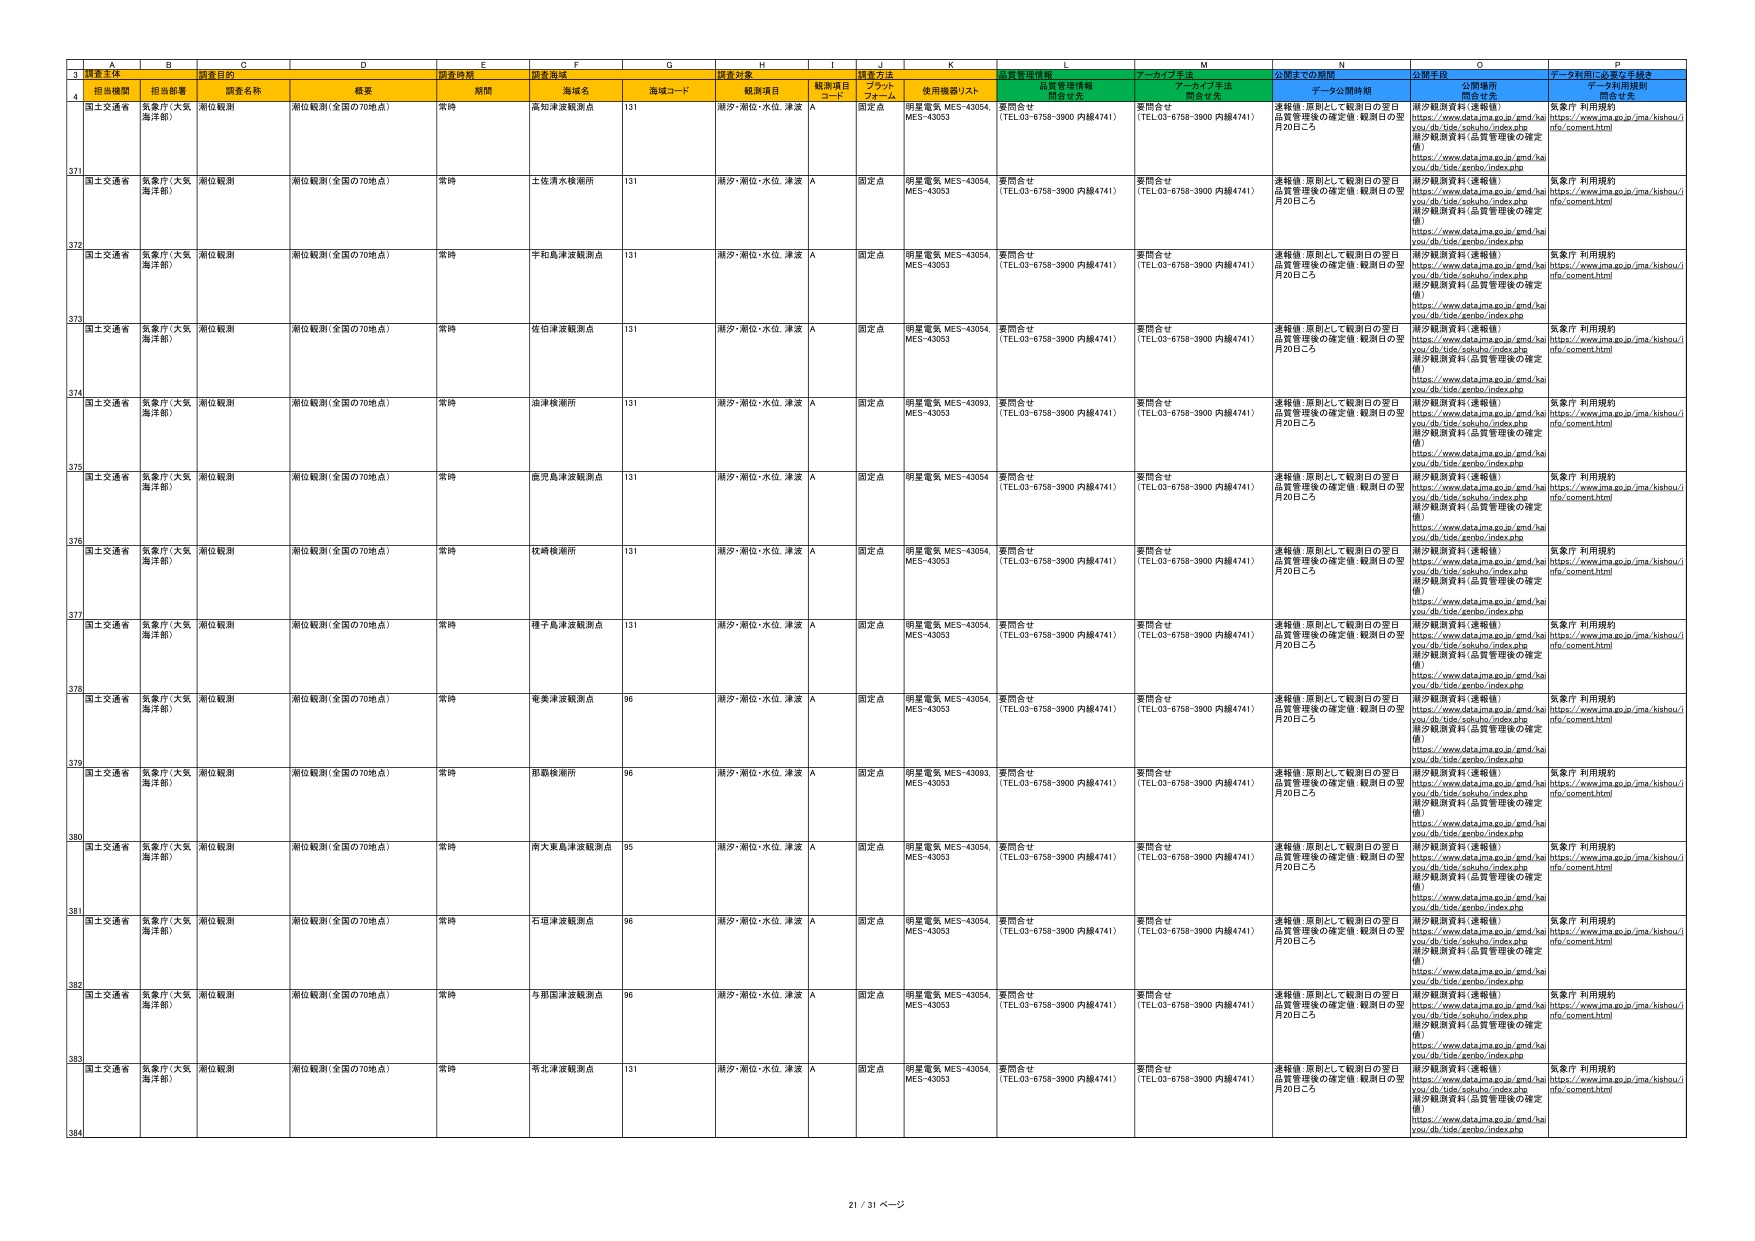
3 観測主体 調査目的 調査時期 調査海域 調査対象 調査方法 品質管理情報 アーカイブ手法 公開までの期間 公開手段 データ利用に必要な手続き
4 担当機関 担当部署 調査名称 概要 期間 海域名 海域コード 観測項目 観測項目 コード ブラック フォール 使用機器リスト 問合せ先 問合せ先 問合せ先 問合せ先
371 国土交通省 気象庁（大阪海洋部） 潮位観測 潮位観測（全国の70地点） 常時 高知津波観測点 131 潮汐・潮位・水位、津波 A 固定点 明星電気 MES-43054, MES-43053 要問合せ （TEL03-6758-3900 内線4741） 要問合せ （TEL03-6758-3900 内線4741） 連絡後、原則として観測日の翌日品質管理後の確定値：観測日の翌月20日ごろ 潮汐観測資料（速報値） https://www.data.jma.go.jp/gmd/ha you/db/tide/sokuhou/index.php 潮汐観測資料（品質管理後の確定値） https://www.data.jma.go.jp/gmd/ha you/db/tide/zenbo/index.php 気象庁 利用規約 https://www.jma.go.jp/jma/kishou/i nfo/comment.html
372 国土交通省 気象庁（大阪海洋部） 潮位観測 潮位観測（全国の70地点） 常時 土佐清水観測所 131 潮汐・潮位・水位、津波 A 固定点 明星電気 MES-43054, MES-43053 要問合せ （TEL03-6758-3900 内線4741） 要問合せ （TEL03-6758-3900 内線4741） 連絡後、原則として観測日の翌日品質管理後の確定値：観測日の翌月20日ごろ 潮汐観測資料（速報値） https://www.data.jma.go.jp/gmd/ha you/db/tide/sokuhou/index.php 潮汐観測資料（品質管理後の確定値） https://www.data.jma.go.jp/gmd/ha you/db/tide/zenbo/index.php 気象庁 利用規約 https://www.jma.go.jp/jma/kishou/i nfo/comment.html
373 国土交通省 気象庁（大阪海洋部） 潮位観測 潮位観測（全国の70地点） 常時 予知島津波観測点 131 潮汐・潮位・水位、津波 A 固定点 明星電気 MES-43054, MES-43053 要問合せ （TEL03-6758-3900 内線4741） 要問合せ （TEL03-6758-3900 内線4741） 連絡後、原則として観測日の翌日品質管理後の確定値：観測日の翌月20日ごろ 潮汐観測資料（速報値） https://www.data.jma.go.jp/gmd/ha you/db/tide/sokuhou/index.php 潮汐観測資料（品質管理後の確定値） https://www.data.jma.go.jp/gmd/ha you/db/tide/zenbo/index.php 気象庁 利用規約 https://www.jma.go.jp/jma/kishou/i nfo/comment.html
374 国土交通省 気象庁（大阪海洋部） 潮位観測 潮位観測（全国の70地点） 常時 佐伯津波観測点 131 潮汐・潮位・水位、津波 A 固定点 明星電気 MES-43054, MES-43053 要問合せ （TEL03-6758-3900 内線4741） 要問合せ （TEL03-6758-3900 内線4741） 連絡後、原則として観測日の翌日品質管理後の確定値：観測日の翌月20日ごろ 潮汐観測資料（速報値） https://www.data.jma.go.jp/gmd/ha you/db/tide/sokuhou/index.php 潮汐観測資料（品質管理後の確定値） https://www.data.jma.go.jp/gmd/ha you/db/tide/zenbo/index.php 気象庁 利用規約 https://www.jma.go.jp/jma/kishou/i nfo/comment.html
375 国土交通省 気象庁（大阪海洋部） 潮位観測 潮位観測（全国の70地点） 常時 油津検潮所 131 潮汐・潮位・水位、津波 A 固定点 明星電気 MES-43093, MES-43053 要問合せ （TEL03-6758-3900 内線4741） 要問合せ （TEL03-6758-3900 内線4741） 連絡後、原則として観測日の翌日品質管理後の確定値：観測日の翌月20日ごろ 潮汐観測資料（速報値） https://www.data.jma.go.jp/gmd/ha you/db/tide/sokuhou/index.php 潮汐観測資料（品質管理後の確定値） https://www.data.jma.go.jp/gmd/ha you/db/tide/zenbo/index.php 気象庁 利用規約 https://www.jma.go.jp/jma/kishou/i nfo/comment.html
376 国土交通省 気象庁（大阪海洋部） 潮位観測 潮位観測（全国の70地点） 常時 鹿児島津波観測点 131 潮汐・潮位・水位、津波 A 固定点 明星電気 MES-43054 要問合せ （TEL03-6758-3900 内線4741） 要問合せ （TEL03-6758-3900 内線4741） 連絡後、原則として観測日の翌日品質管理後の確定値：観測日の翌月20日ごろ 潮汐観測資料（速報値） https://www.data.jma.go.jp/gmd/ha you/db/tide/sokuhou/index.php 潮汐観測資料（品質管理後の確定値） https://www.data.jma.go.jp/gmd/ha you/db/tide/zenbo/index.php 気象庁 利用規約 https://www.jma.go.jp/jma/kishou/i nfo/comment.html
377 国土交通省 気象庁（大阪海洋部） 潮位観測 潮位観測（全国の70地点） 常時 牧崎検潮所 131 潮汐・潮位・水位、津波 A 固定点 明星電気 MES-43054, MES-43053 要問合せ （TEL03-6758-3900 内線4741） 要問合せ （TEL03-6758-3900 内線4741） 連絡後、原則として観測日の翌日品質管理後の確定値：観測日の翌月20日ごろ 潮汐観測資料（速報値） https://www.data.jma.go.jp/gmd/ha you/db/tide/sokuhou/index.php 潮汐観測資料（品質管理後の確定値） https://www.data.jma.go.jp/gmd/ha you/db/tide/zenbo/index.php 気象庁 利用規約 https://www.jma.go.jp/jma/kishou/i nfo/comment.html
378 国土交通省 気象庁（大阪海洋部） 潮位観測 潮位観測（全国の70地点） 常時 種子島津波観測点 131 潮汐・潮位・水位、津波 A 固定点 明星電気 MES-43054, MES-43053 要問合せ （TEL03-6758-3900 内線4741） 要問合せ （TEL03-6758-3900 内線4741） 連絡後、原則として観測日の翌日品質管理後の確定値：観測日の翌月20日ごろ 潮汐観測資料（速報値） https://www.data.jma.go.jp/gmd/ha you/db/tide/sokuhou/index.php 潮汐観測資料（品質管理後の確定値） https://www.data.jma.go.jp/gmd/ha you/db/tide/zenbo/index.php 気象庁 利用規約 https://www.jma.go.jp/jma/kishou/i nfo/comment.html
379 国土交通省 気象庁（大阪海洋部） 潮位観測 潮位観測（全国の70地点） 常時 鹿児島津波観測点 96 潮汐・潮位・水位、津波 A 固定点 明星電気 MES-43054, MES-43053 要問合せ （TEL03-6758-3900 内線4741） 要問合せ （TEL03-6758-3900 内線4741） 連絡後、原則として観測日の翌日品質管理後の確定値：観測日の翌月20日ごろ 潮汐観測資料（速報値） https://www.data.jma.go.jp/gmd/ha you/db/tide/sokuhou/index.php 潮汐観測資料（品質管理後の確定値） https://www.data.jma.go.jp/gmd/ha you/db/tide/zenbo/index.php 気象庁 利用規約 https://www.jma.go.jp/jma/kishou/i nfo/comment.html
380 国土交通省 気象庁（大阪海洋部） 潮位観測 潮位観測（全国の70地点） 常時 影島検潮所 96 潮汐・潮位・水位、津波 A 固定点 明星電気 MES-43093, MES-43053 要問合せ （TEL03-6758-3900 内線4741） 要問合せ （TEL03-6758-3900 内線4741） 連絡後、原則として観測日の翌日品質管理後の確定値：観測日の翌月20日ごろ 潮汐観測資料（速報値） https://www.data.jma.go.jp/gmd/ha you/db/tide/sokuhou/index.php 潮汐観測資料（品質管理後の確定値） https://www.data.jma.go.jp/gmd/ha you/db/tide/zenbo/index.php 気象庁 利用規約 https://www.jma.go.jp/jma/kishou/i nfo/comment.html
381 国土交通省 気象庁（大阪海洋部） 潮位観測 潮位観測（全国の70地点） 常時 南大東島津波観測点 95 潮汐・潮位・水位、津波 A 固定点 明星電気 MES-43054, MES-43053 要問合せ （TEL03-6758-3900 内線4741） 要問合せ （TEL03-6758-3900 内線4741） 連絡後、原則として観測日の翌日品質管理後の確定値：観測日の翌月20日ごろ 潮汐観測資料（速報値） https://www.data.jma.go.jp/gmd/ha you/db/tide/sokuhou/index.php 潮汐観測資料（品質管理後の確定値） https://www.data.jma.go.jp/gmd/ha you/db/tide/zenbo/index.php 気象庁 利用規約 https://www.jma.go.jp/jma/kishou/i nfo/comment.html
382 国土交通省 気象庁（大阪海洋部） 潮位観測 潮位観測（全国の70地点） 常時 石垣津波観測点 96 潮汐・潮位・水位、津波 A 固定点 明星電気 MES-43054, MES-43053 要問合せ （TEL03-6758-3900 内線4741） 要問合せ （TEL03-6758-3900 内線4741） 連絡後、原則として観測日の翌日品質管理後の確定値：観測日の翌月20日ごろ 潮汐観測資料（速報値） https://www.data.jma.go.jp/gmd/ha you/db/tide/sokuhou/index.php 潮汐観測資料（品質管理後の確定値） https://www.data.jma.go.jp/gmd/ha you/db/tide/zenbo/index.php 気象庁 利用規約 https://www.jma.go.jp/jma/kishou/i nfo/comment.html
383 国土交通省 気象庁（大阪海洋部） 潮位観測 潮位観測（全国の70地点） 常時 与那国津波観測点 96 潮汐・潮位・水位、津波 A 固定点 明星電気 MES-43054, MES-43053 要問合せ （TEL03-6758-3900 内線4741） 要問合せ （TEL03-6758-3900 内線4741） 連絡後、原則として観測日の翌日品質管理後の確定値：観測日の翌月20日ごろ 潮汐観測資料（速報値） https://www.data.jma.go.jp/gmd/ha you/db/tide/sokuhou/index.php 潮汐観測資料（品質管理後の確定値） https://www.data.jma.go.jp/gmd/ha you/db/tide/zenbo/index.php 気象庁 利用規約 https://www.jma.go.jp/jma/kishou/i nfo/comment.html
384 国土交通省 気象庁（大阪海洋部） 潮位観測 潮位観測（全国の70地点） 常時 布芝津波観測点 131 潮汐・潮位・水位、津波 A 固定点 明星電気 MES-43054, MES-43053 要問合せ （TEL03-6758-3900 内線4741） 要問合せ （TEL03-6758-3900 内線4741） 連絡後、原則として観測日の翌日品質管理後の確定値：観測日の翌月20日ごろ 潮汐観測資料（速報値） https://www.data.jma.go.jp/gmd/ha you/db/tide/sokuhou/index.php 潮汐観測資料（品質管理後の確定値） https://www.data.jma.go.jp/gmd/ha you/db/tide/zenbo/index.php 気象庁 利用規約 https://www.jma.go.jp/jma/kishou/i nfo/comment.html
21 / 31 ページ